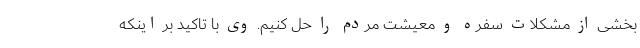
بخشی از مشکلات سفره و معیشت مردم را حل کنیم. وی با تاکید بر اینکه